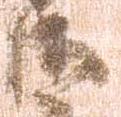
御